65_HS1-834228961_62-HQ-83894_Section_9
Agency: FBI
Page 285
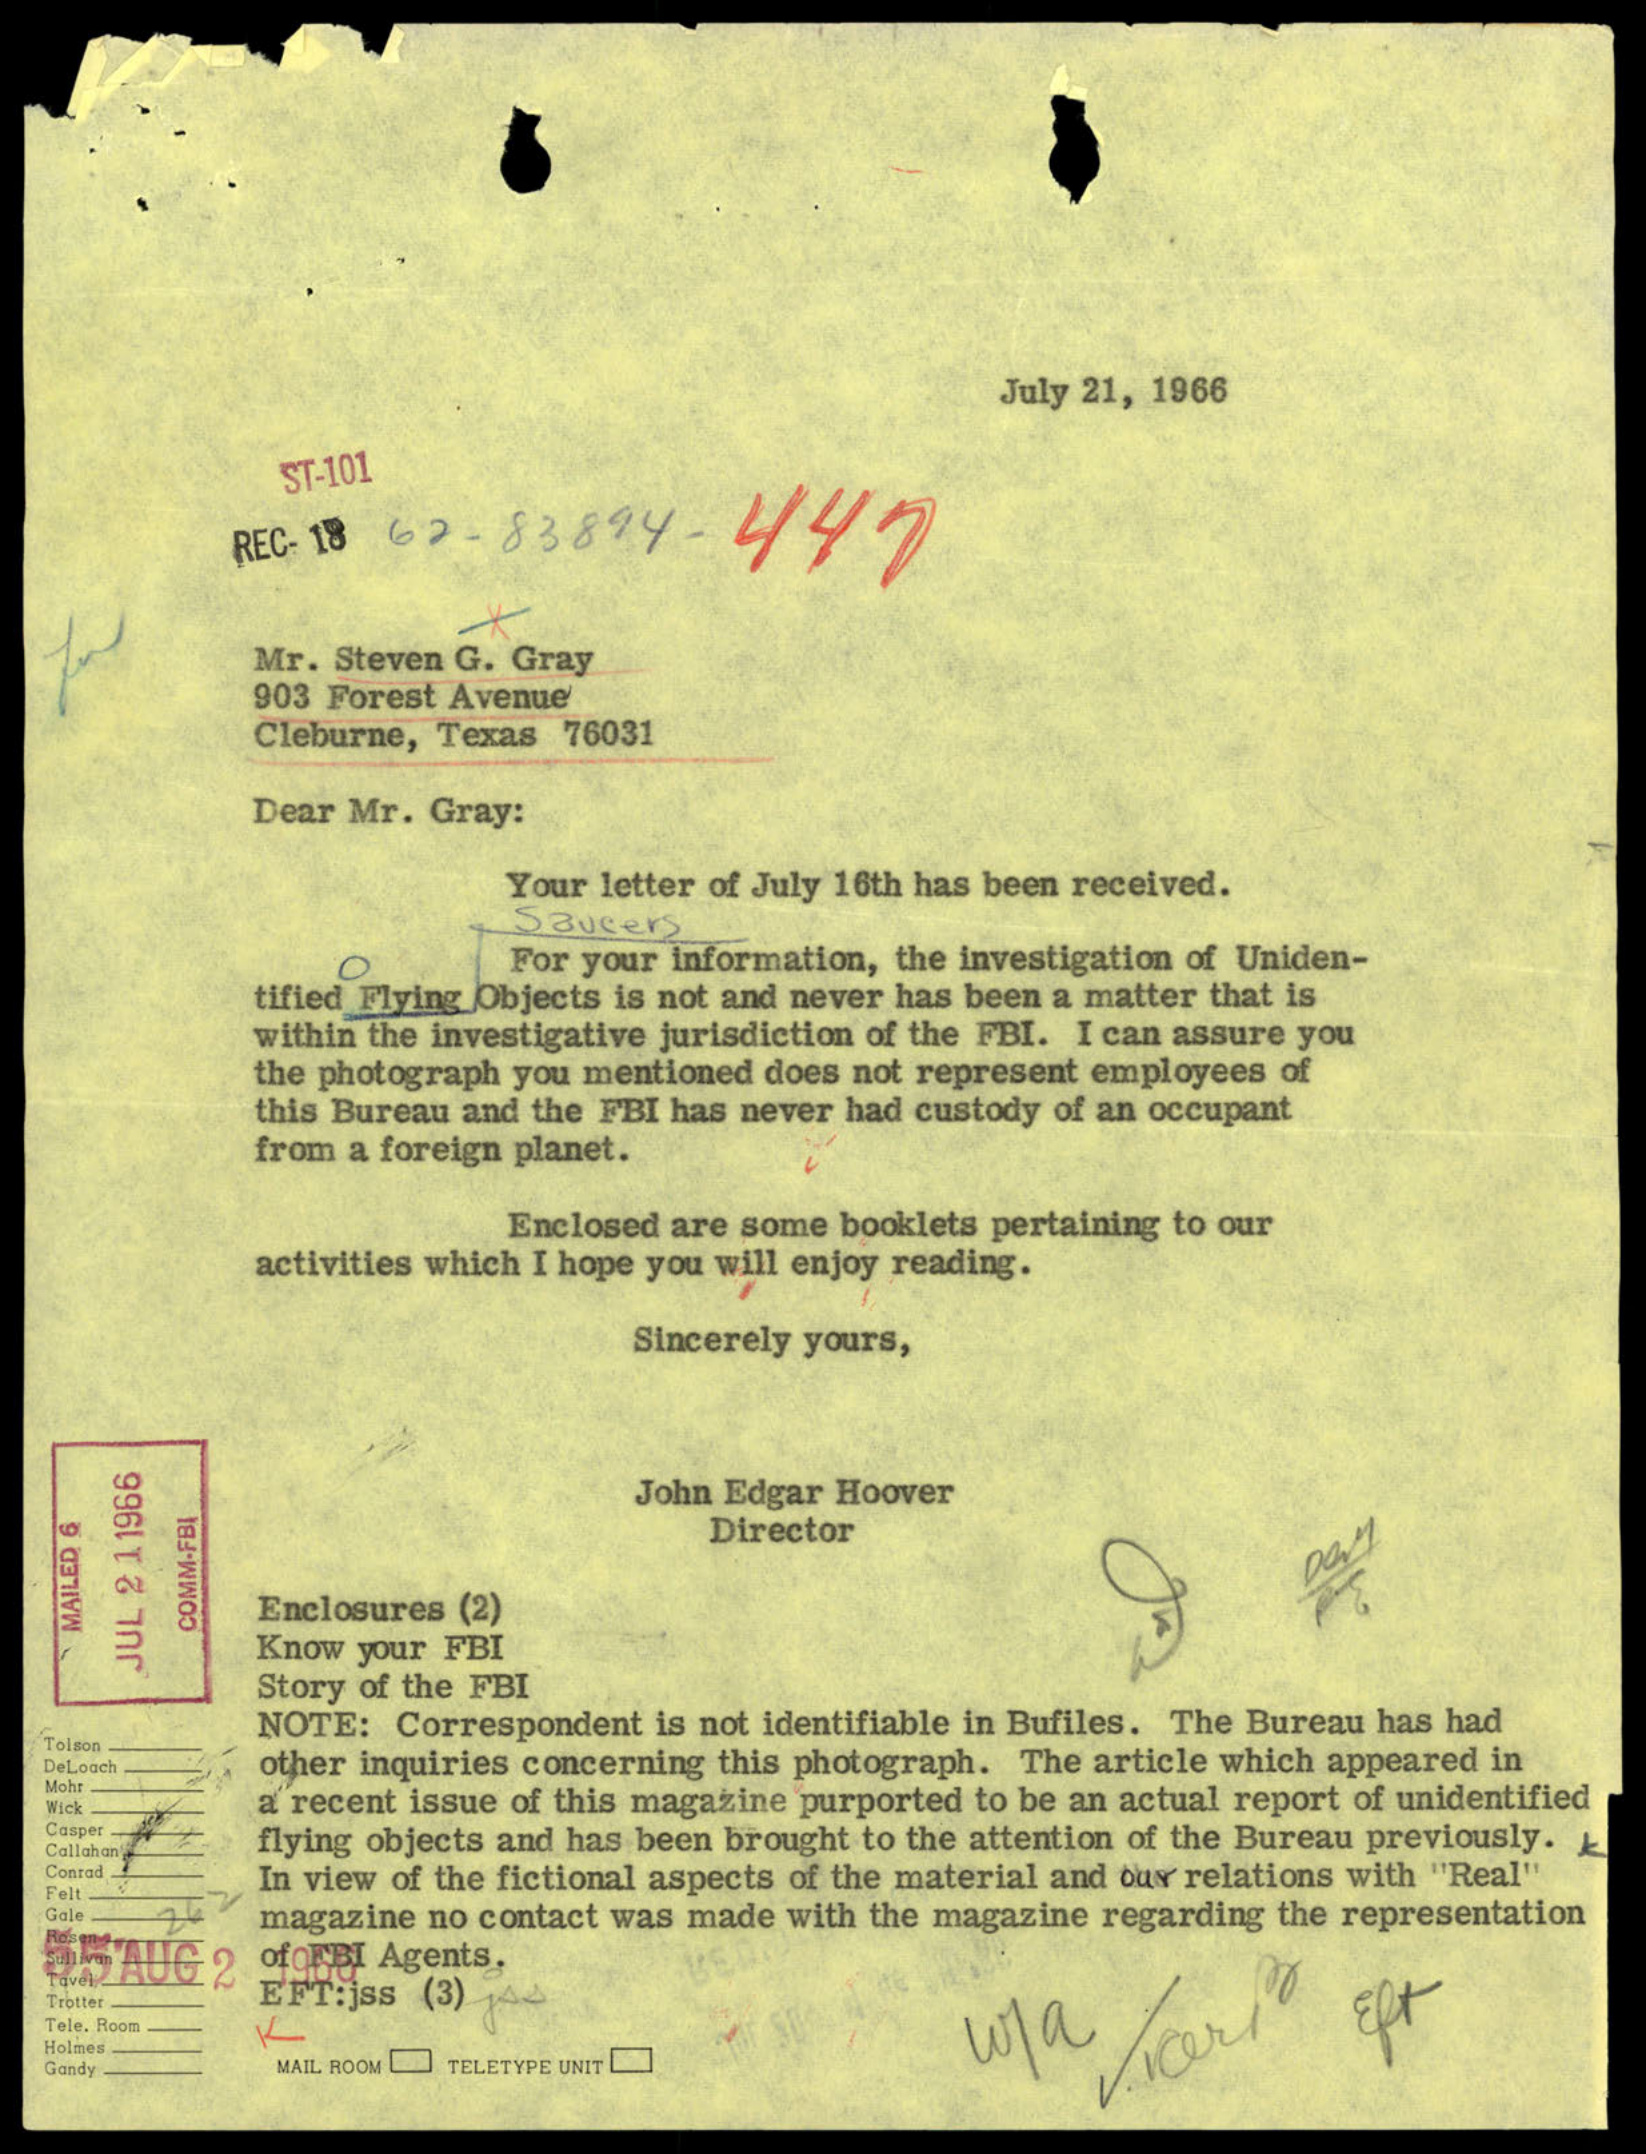